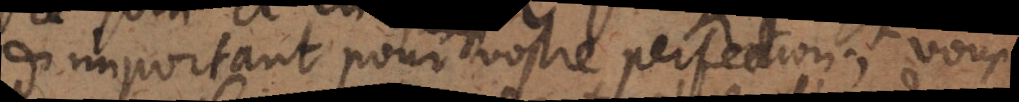
d’important pour vostre perfection;